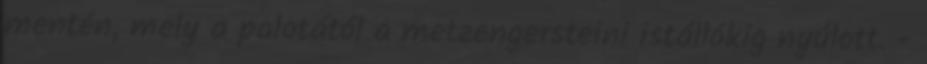
mentén, mely a palotától a metzengersteini istállókig nyúlott. -